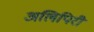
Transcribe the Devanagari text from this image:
अलिपिरी